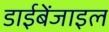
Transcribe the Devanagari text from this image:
डाईबेंजाइल